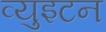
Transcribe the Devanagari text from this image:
व्युइटन